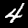
Digit: 4